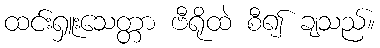
ထင်းရှူးသေတ္တာ ဗီရိုထဲ စီ၍ ချသည်။